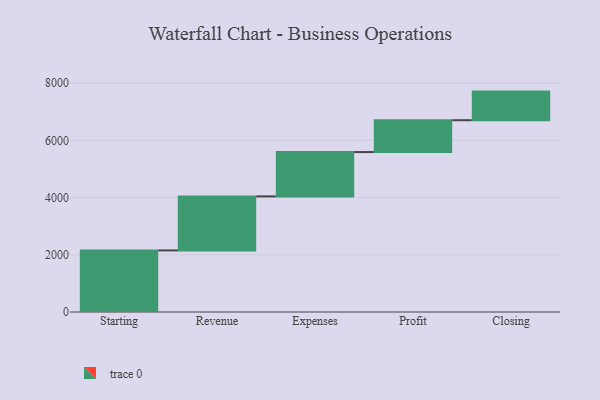
{"axis": {"x": "Step", "y": "Value"}, "legend": [""], "data": [{"x": "Starting", "y": 2153.0, "type": ""}, {"x": "Revenue", "y": 1888.0, "type": ""}, {"x": "Expenses", "y": 1549.0, "type": ""}, {"x": "Profit", "y": 1114.0, "type": ""}, {"x": "Closing", "y": 1000, "type": ""}]}